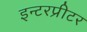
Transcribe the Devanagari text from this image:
इन्टरप्रीटर